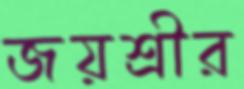
জয়শ্রীর